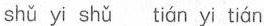
shǔ yi shǔ tián yi tián